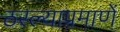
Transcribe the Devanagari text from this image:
ठरल्याप्रमाणें